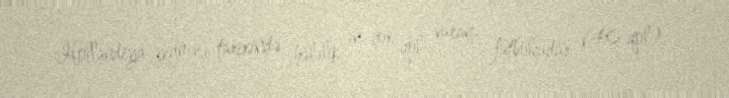
Hollandiya yığması tarixində hələlik ən çox qol vuran futbolçudur (40 qol).